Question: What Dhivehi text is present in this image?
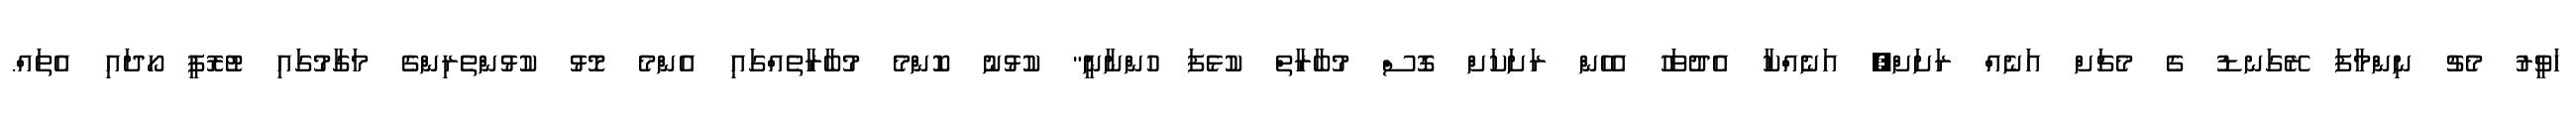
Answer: ހަވީރު މެޗު ނިންމާފަ ރޭގަނޑު ގެ މެޗަށް އަނެއް ރަށަށް, އަނެއްކާ އެދުވަހު އެހެން ރަށަކަށް ގޮސް މުބާރާތް ކުޅެފަ ހުންނާނީ" ކުޅުނު ކޮންމެ މުބާރާތެއްގައި އެންމެ މޮޅު ކުޅުންތެރިންގެ މަގާމުގައި ޓުރޮފީ ހޯދައި އެތައް.